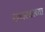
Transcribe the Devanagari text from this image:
खारघरच्या